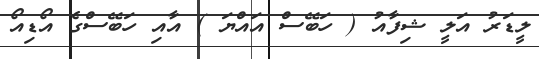
ލީޑަރު އަލީ ޝިފާއު ( ހަބޭސް އައްޔަ ) އާއި ހަބޭސްގެ އޯޑިއޯ